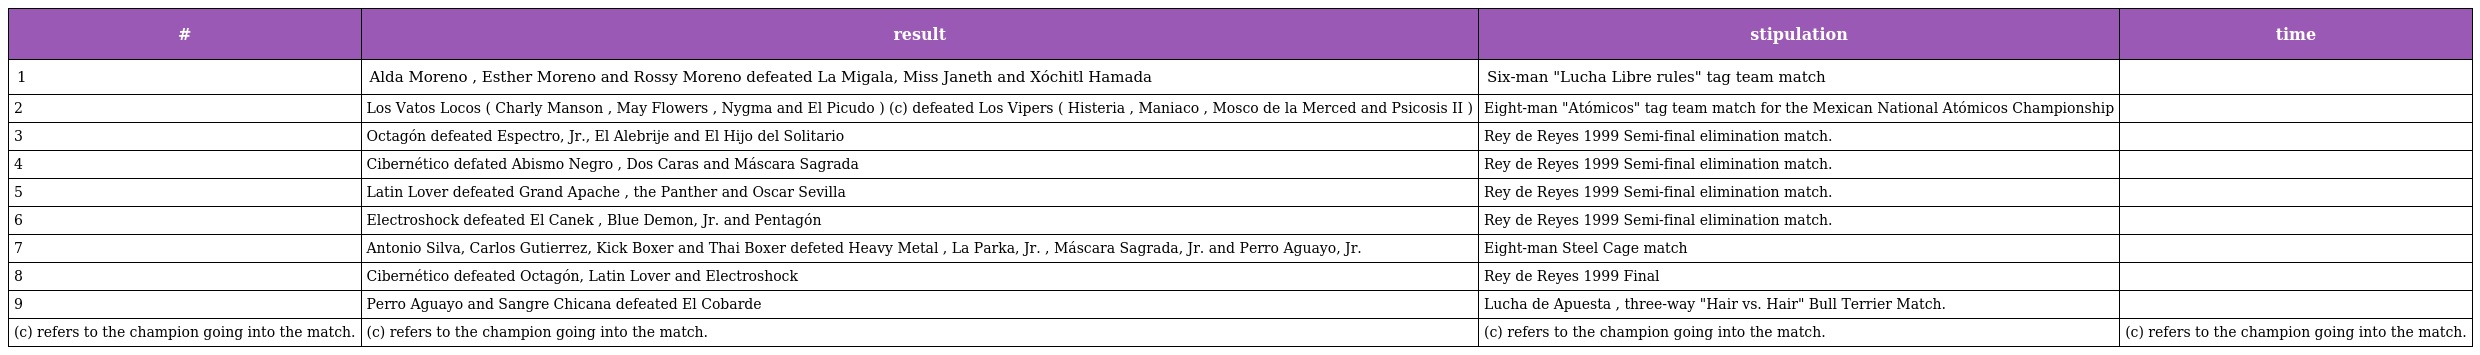
| # | result | stipulation | time |
 | --- | --- | --- | --- |
 | 1 | Alda Moreno , Esther Moreno and Rossy Moreno defeated La Migala, Miss Janeth and Xóchitl Hamada | Six-man "Lucha Libre rules" tag team match |  |
 | 2 | Los Vatos Locos ( Charly Manson , May Flowers , Nygma and El Picudo ) (c) defeated Los Vipers ( Histeria , Maniaco , Mosco de la Merced and Psicosis II ) | Eight-man "Atómicos" tag team match for the Mexican National Atómicos Championship |  |
 | 3 | Octagón defeated Espectro, Jr., El Alebrije and El Hijo del Solitario | Rey de Reyes 1999 Semi-final elimination match. |  |
 | 4 | Cibernético defated Abismo Negro , Dos Caras and Máscara Sagrada | Rey de Reyes 1999 Semi-final elimination match. |  |
 | 5 | Latin Lover defeated Grand Apache , the Panther and Oscar Sevilla | Rey de Reyes 1999 Semi-final elimination match. |  |
 | 6 | Electroshock defeated El Canek , Blue Demon, Jr. and Pentagón | Rey de Reyes 1999 Semi-final elimination match. |  |
 | 7 | Antonio Silva, Carlos Gutierrez, Kick Boxer and Thai Boxer defeted Heavy Metal , La Parka, Jr. , Máscara Sagrada, Jr. and Perro Aguayo, Jr. | Eight-man Steel Cage match |  |
 | 8 | Cibernético defeated Octagón, Latin Lover and Electroshock | Rey de Reyes 1999 Final |  |
 | 9 | Perro Aguayo and Sangre Chicana defeated El Cobarde | Lucha de Apuesta , three-way "Hair vs. Hair" Bull Terrier Match. |  |
 | (c) refers to the champion going into the match. | (c) refers to the champion going into the match. | (c) refers to the champion going into the match. | (c) refers to the champion going into the match. |